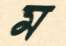
ম